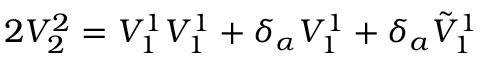
2 V _ { 2 } ^ { 2 } = V _ { 1 } ^ { 1 } V _ { 1 } ^ { 1 } + \delta _ { \alpha } V _ { 1 } ^ { 1 } + \delta _ { a } \tilde { V } _ { 1 } ^ { 1 }